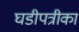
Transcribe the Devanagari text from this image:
घडीपत्रीका